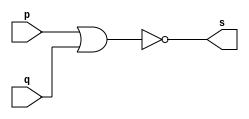
// -------------------------
// Exemplo0007 - NOR
// Nome: Guilherme Rodrigues Melo de Oliveira
// ------------------------- 
// ------------------------- 
// -- nor gate
// -------------------------
module norgate ( output s,
                            input   p, q);
 assign s = ~(p | q);
endmodule // orgate

// ---------------------
// -- test nor gate
// ---------------------
module testnorgate;
// ------------------------- dados locais
   reg   a, b; // definir registradores 
   wire  s;    // definir conexao (fio) 
// ------------------------- instancia
   norgate NOR1 (s, a, b);
// ------------------------- preparacao 
   initial begin:start 
      a=0; b=0; 
   end 
 
 
// ------------------------- parte principal 
 
   initial begin 
      $display("Exemplo0007 - Guilherme Rodrigues Melo de Oliveira - 427409");
      $display("Test NOR gate");
      $display("\n~(a | b) = s\n"); 
      a=0; b=0; 
  #1  $display("%b & %b = %b", a, b, s); 
      a=0; b=1; 
  #1  $display("%b & %b = %b", a, b, s); 
      a=1; b=0; 
  #1  $display("%b & %b = %b", a, b, s); 
      a=1; b=1; 
  #1  $display("%b & %b = %b", a, b, s); 
 end 

endmodule // testnorgate